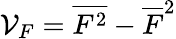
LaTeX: {\cal V}_{F}=\overline{{F^{2}}}-\overline{{F}}^{2}